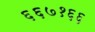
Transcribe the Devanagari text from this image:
६६७१६६